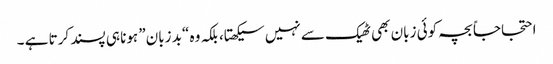
احتجاجاً بچہ کوئی زبان بھی ٹھیک سے نہیں سیکھتا، بلکہ وہ “بد زبان” ہونا ہی پسند کرتا ہے ۔